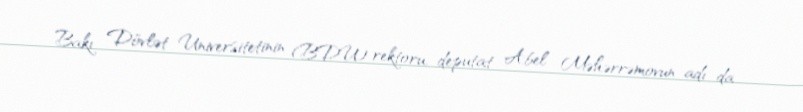
Bakı Dövlət Universitetinin (BDU) rektoru, deputat Abel Məhərrəmovun adı da